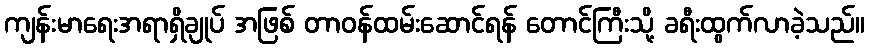
ကျန်းမာရေးအရာရှိချုပ် အဖြစ် တာဝန်ထမ်းဆောင်ရန် တောင်ကြီးသို့ ခရီးထွက်လာခဲ့သည်။